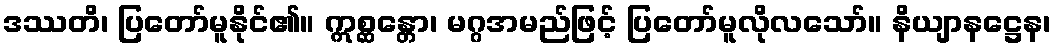
ဒဿတိ၊ ပြတော်မူနိုင်၏။ ဣစ္ဆန္တော၊ မဂ္ဂအမည်ဖြင့် ပြတော်မူလိုလသော်။ နိယျာနဋ္ဌေန၊